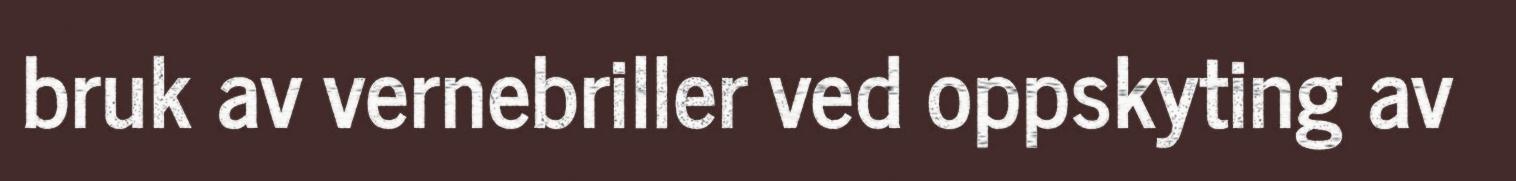
bruk av vernebriller ved oppskyting av